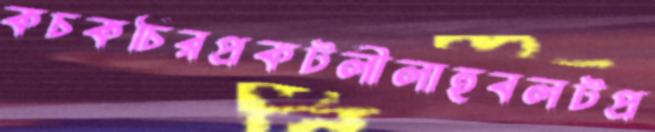
কচকচিরপ্রকটলীলাহুবলটপ্র